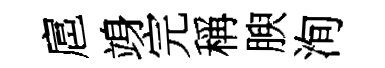
扈竧完稱腴洵